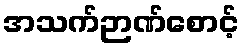
အသက်ဉာဏ်စောင့်